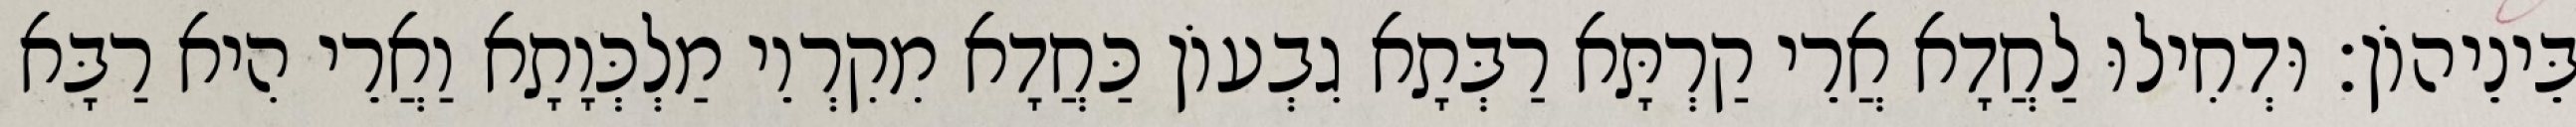
בֵּינֵיהוֹן׃ וּדְחִילוּ לַחֲדָא אֲרֵי קַרְתָּא רַבְּתָא גִבְעוֹן כַּחֲדָא מִקִרְוֵי מַלְכְּוָתָא וַאֲרֵי הִיא רַבָּא